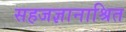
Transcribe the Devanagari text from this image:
सहजज्ञानाश्रित